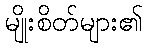
မျိုးစိတ်များ၏